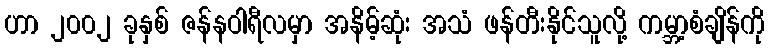
ဟာ ၂၀၀၂ ခုနှစ် ဇန်နဝါရီလမှာ အနိမ့်ဆုံး အသံ ဖန်တီးနိုင်သူလို့ ကမ္ဘာ့စံချိန်ကို